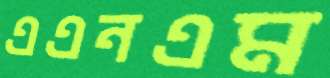
এএনএম